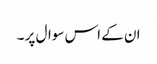
ان کے اس سوال پر ۔